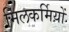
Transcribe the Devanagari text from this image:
मिलकर्मियों